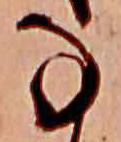
な